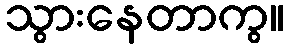
သွားနေတာကွ။